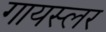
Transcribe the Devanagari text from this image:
गायस्लर